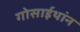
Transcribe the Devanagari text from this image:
गोसाईथांन